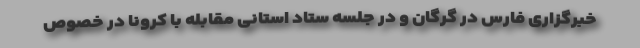
خبرگزاری فارس در گرگان و در جلسه ستاد استانی مقابله با کرونا در خصوص